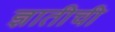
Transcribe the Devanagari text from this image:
ज्ञातीची